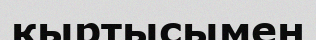
қыртысымен